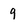
Character: 9